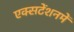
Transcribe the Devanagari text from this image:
एक्सटेंशनमें